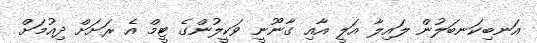
އަނބިކަނބަލުން ލައިލާ އަލީ އާއި ގާނޫނީ ވަކީލުންގެ ޓީމް އެ ރަށަށް ދިއުމަށް